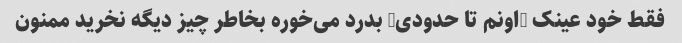
فقط خود عینک (اونم تا حدودی) بدرد می‌خوره بخاطر چیز دیگه نخرید ممنون